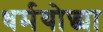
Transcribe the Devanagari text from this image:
धर्मयोद्ध्या